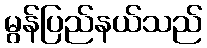
မွန်ပြည်နယ်သည်